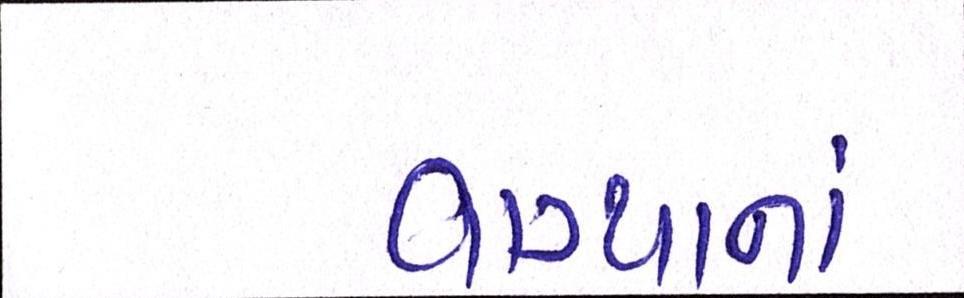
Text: વાગ્યાનાં